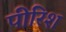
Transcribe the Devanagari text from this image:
पीरिश